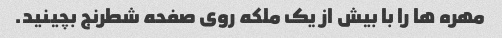
مهره ها را با بیش از یک ملکه روی صفحه شطرنج بچینید.